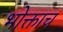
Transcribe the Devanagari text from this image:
भोक्ताच